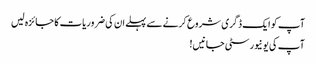
آپ کو ایک ڈگری شروع کرنے سے پہلے ان کی ضروریات کا جائزہ لیں
آپ کی یونیورسٹی جانیں!